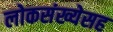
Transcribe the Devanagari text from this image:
लोकसंख्येसह